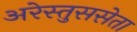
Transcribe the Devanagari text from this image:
अरेस्तुससेता